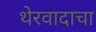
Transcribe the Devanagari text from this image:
थेरवादाचा